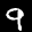
Label: 9